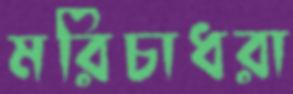
মরিচাধরা